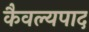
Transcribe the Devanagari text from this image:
कैवल्यपाद